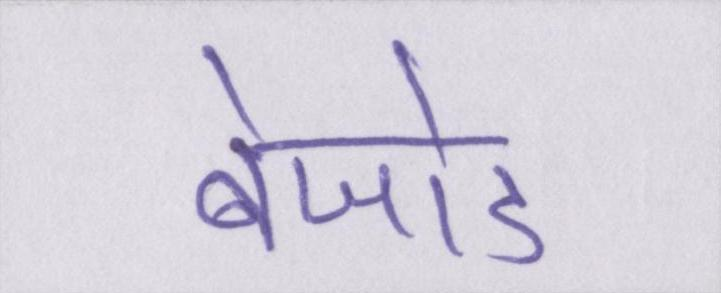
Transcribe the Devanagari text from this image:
बेजोड